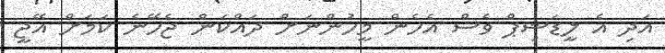
އަދި އެ ލީޑަޝިޕް ވެސް އެހެން މީހުންނަށް ދައްކަން ޖެހޭނެ ކަމަށް އޭޖީ